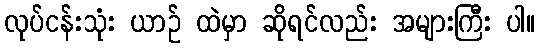
လုပ်ငန်းသုံး ယာဉ် ထဲမှာ ဆိုရင်လည်း အများကြီး ပါ။